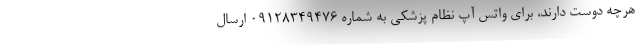
هرچه دوست دارند، برای واتس آپ نظام پزشکی به شماره ۰۹۱۲۸۳۴۹۴۷۶ ارسال